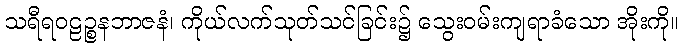
သရီရဝဠဉ္စနဘာဇနံ၊ ကိုယ်လက်သုတ်သင်ခြင်း၌ သွေးဝမ်းကျရာခံသော အိုးကို။